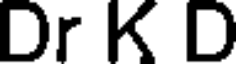
Dr K D